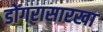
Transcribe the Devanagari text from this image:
डोंगरासारखा